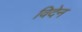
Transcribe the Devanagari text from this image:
विदेन